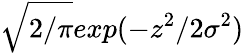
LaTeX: \sqrt{2/\pi}exp(-z^{2}/2\sigma^{2})